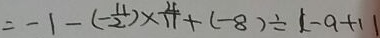
= - 1 - ( - \frac { 1 1 } { 2 } ) \times \frac { 4 } { 1 1 } + ( - 8 ) \div \vert - 9 + 1 \vert